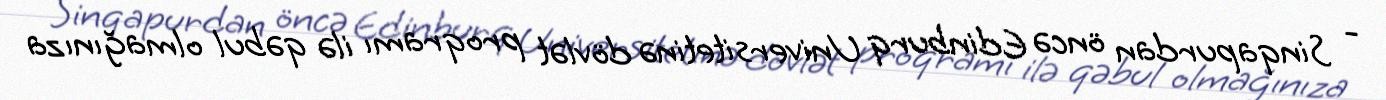
- Sinqapurdan öncə Edinburq Universitetinə dövlət proqramı ilə qəbul olmağınıza